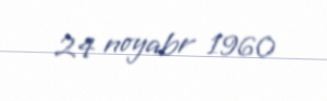
24 noyabr 1960